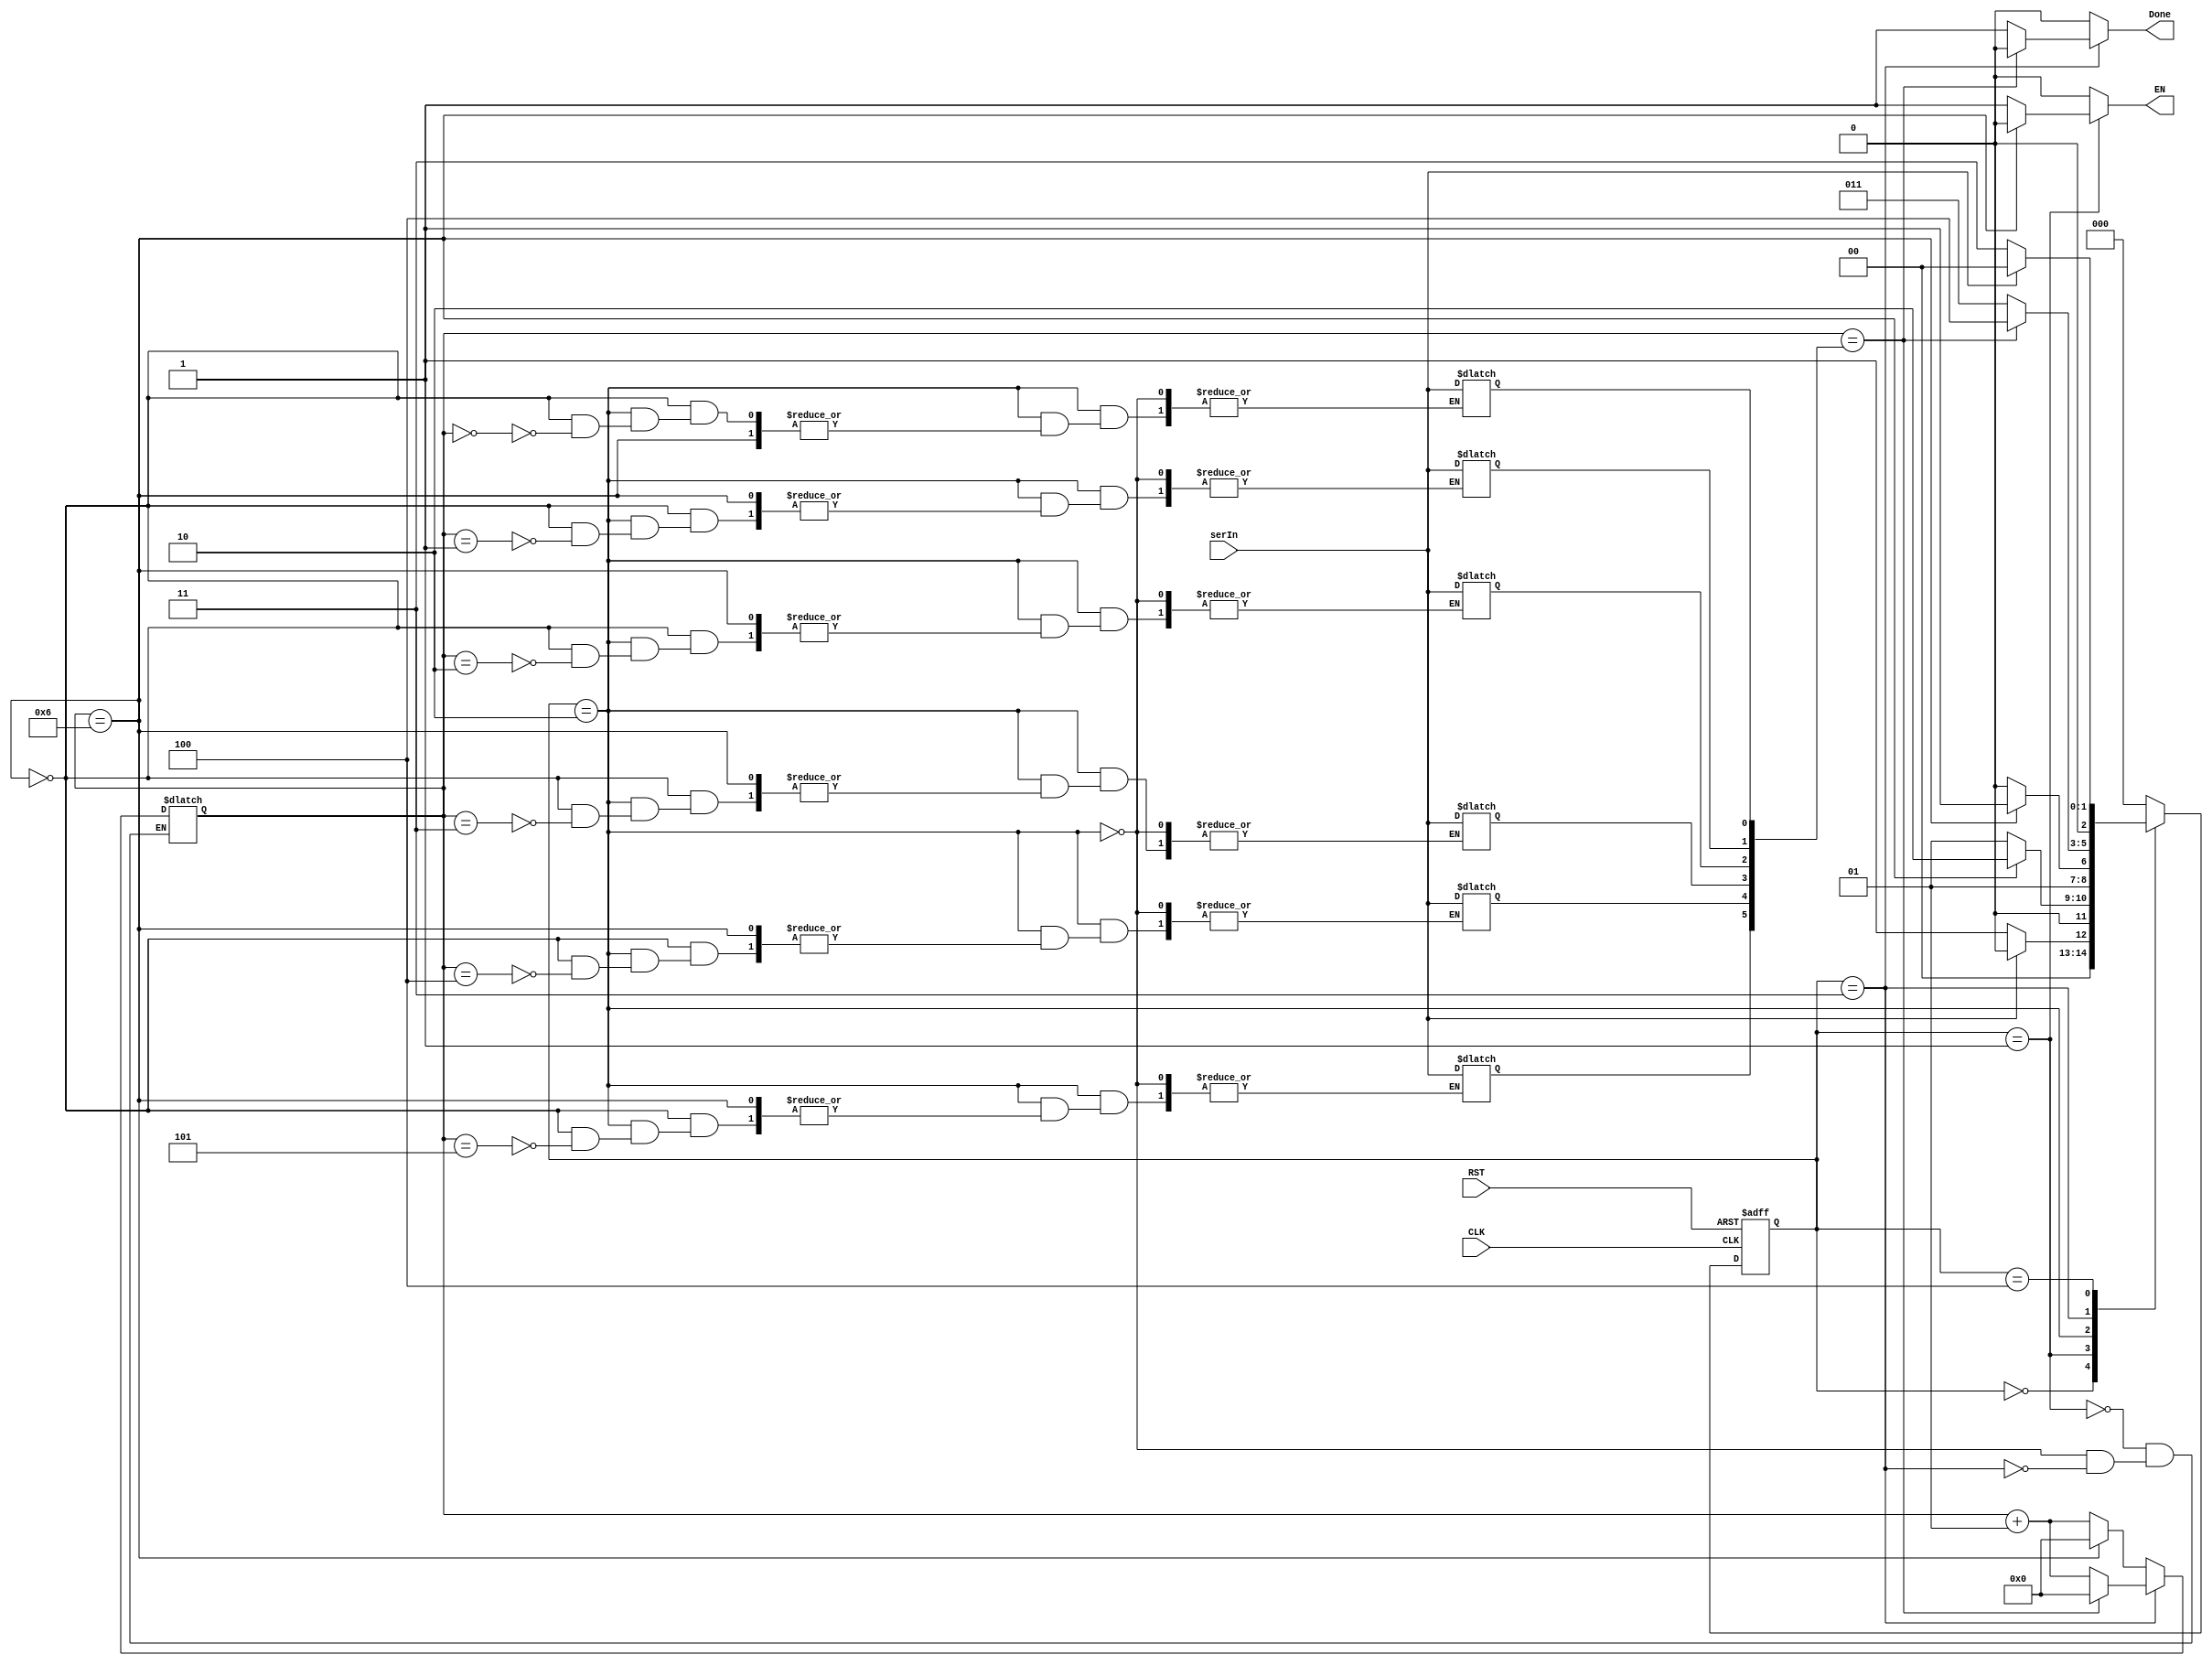
`timescale 1ns /1ns
module controller(input serIn, CLK, RST, output reg EN, Done);
  reg [2:0] ps, ns;
  integer Count = 0;
  reg [5:0] dataSize = 6'b0;
  always@(ps, serIn, Count)begin
    ns = 3'b000;
    EN = 0;
    Done = 0;
    case(ps)
     0: begin
        if(serIn)begin
          ns = 3'b000;
        end
        else begin
          ns = 3'b001;
        end
      end
      1: begin
        if(Count == 6)begin
          ns = 3'b010;
          EN = 1'b0;
          Count = 0;
        end
        else begin
          ns = 3'b001;
          EN = 1;
          Count = Count + 1;
        end
      end
      2: begin
        if(Count == 6)begin
          ns = 3'b011;
          Count = 0;
        end
        else begin
          ns = 3'b010;
          dataSize[Count] = serIn;
          Count = Count + 1;
        end
      end
      3: begin
        if(Count == dataSize)begin
          ns = 3'b100;
          Count = 0;
        end
        else begin
          ns = 3'b011;
          Done = 1;
          Count = Count + 1;
        end
      end
      4: begin
        if(serIn) begin
          ns = 3'b000;
        end
        else begin
          ns = 3'b011;
       end
      end
    endcase
  end
  
  always@(negedge CLK, posedge RST)begin
    if(RST)
      ps <= 3'b000;
    else
      ps <= ns;
  end
endmodule